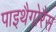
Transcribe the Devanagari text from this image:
पाइथैगोरैस